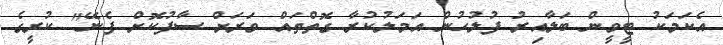
އެކަމަކު ޓީވީން ބަލާއިރު ފުލުހުން އަމަލުކުރާ ގޮތްތައް ވަރަށް ސާފުކޮށް ފެނޭ" ކުރީގެ